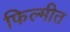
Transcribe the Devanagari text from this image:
फिल्मीत